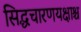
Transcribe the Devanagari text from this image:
सिद्धचारणयक्षाश्च